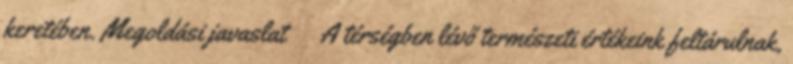
keretében. Megoldási javaslat ▪A térségben lévő természeti értékeink feltárulnak,